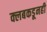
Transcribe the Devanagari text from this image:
क्लबकडूनही